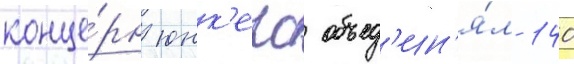
конце́рн юнк'ерс объед'ин'я́л 140